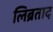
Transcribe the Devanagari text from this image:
लिब्रताद